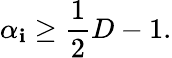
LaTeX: \alpha_{\mathbf{i}}\geq\frac{{1}}{{2}}D-1.